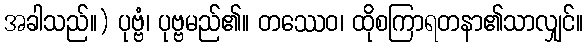
အခါသည်။) ပုဗ္ဗံ၊ ပုဗ္ဗမည်၏။ တဿေဝ၊ ထိုစကြာရတနာ၏သာလျှင်။